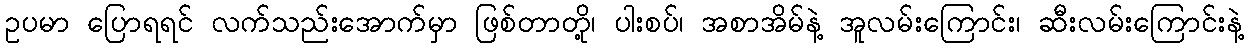
ဥပမာ ပြောရရင် လက်သည်းအောက်မှာ ဖြစ်တာတို့၊ ပါးစပ်၊ အစာအိမ်နဲ့ အူလမ်းကြောင်း၊ ဆီးလမ်းကြောင်းနဲ့